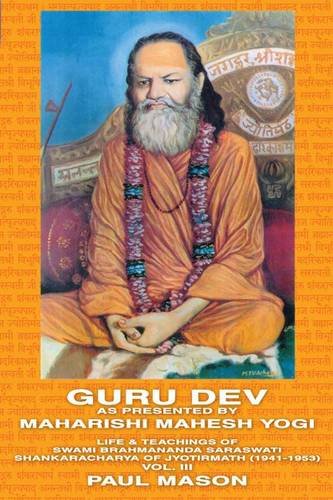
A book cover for Guru Dev as Presented by Maharishi Mahesh Yogi: Life & Teachings of Swami Brahmananda Saraswati Shankaracharya of Jyotirmath (1941-1953) Vol. III; Paul Mason; Religion & Spirituality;